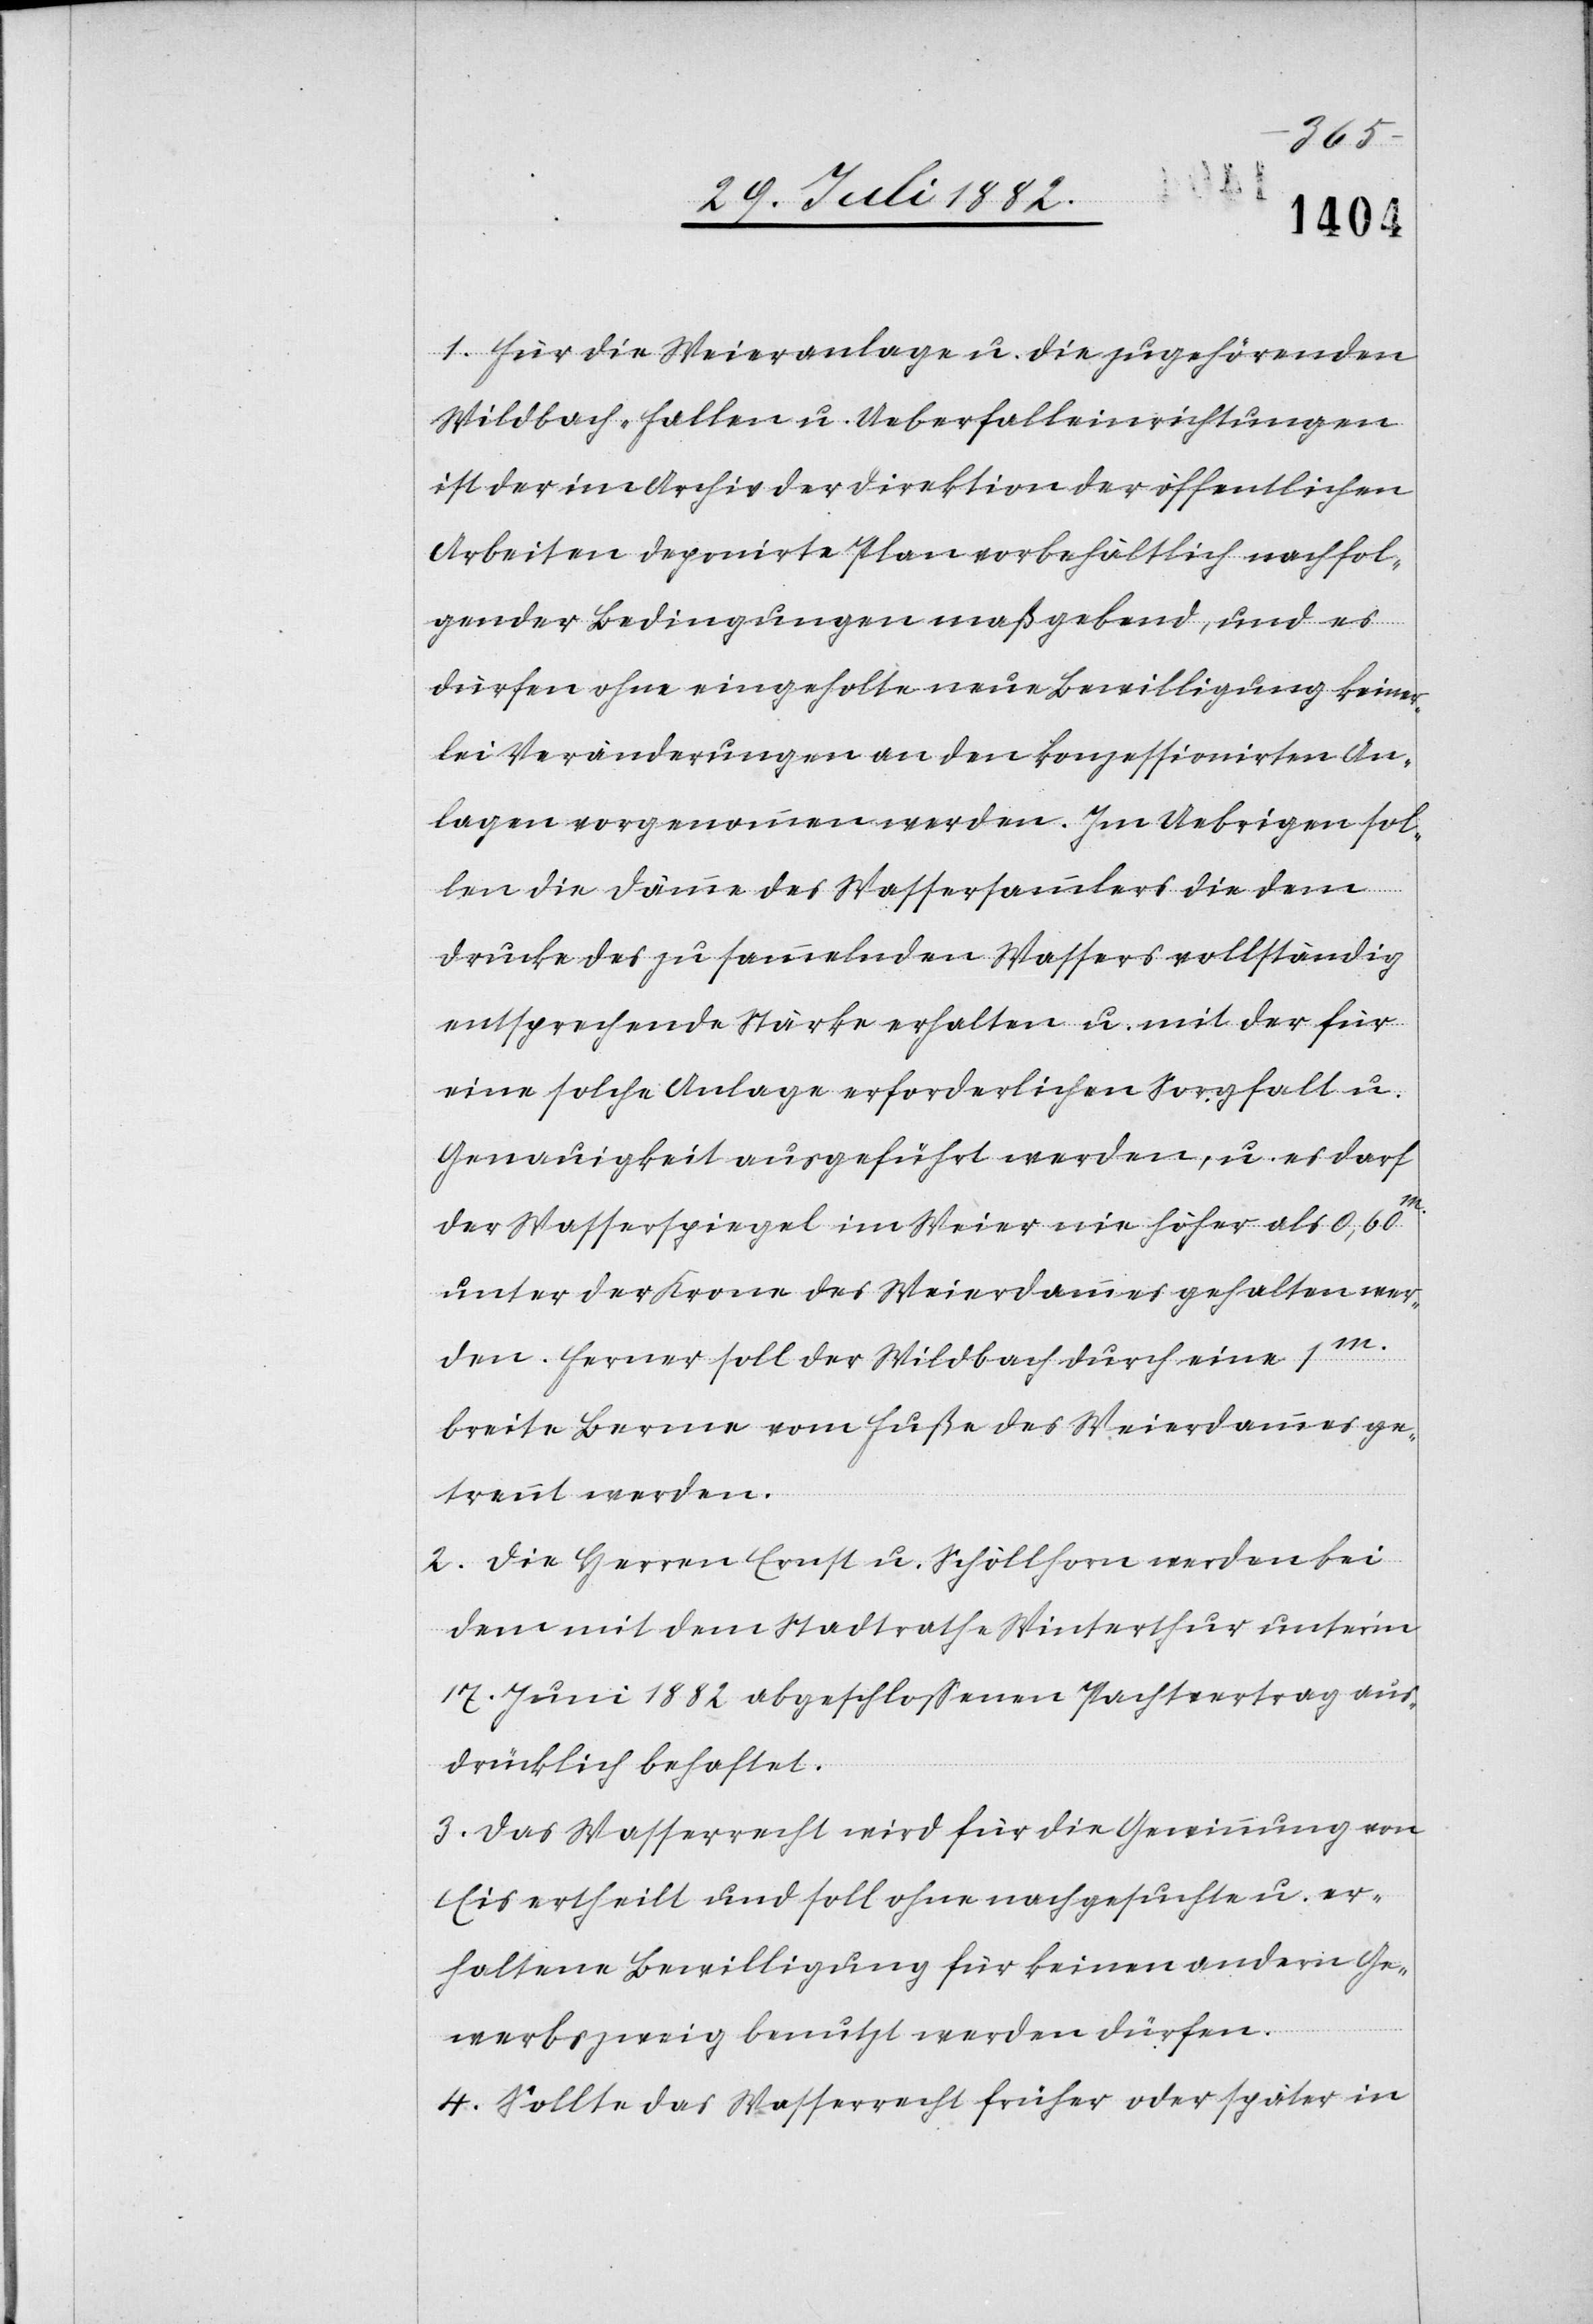
1. Für die Weieranlage u. die zugehörenden
Wildbach-Fallen u. Ueberfalleinrichtungen
ist der im Archiv der Direktion der öffentlichen
Arbeiten deponirte Plan vorbehältlich nachfol¬
gender Bedingungen maßgebend, und es
dürfen ohne eingeholte neue Bewilligung keiner¬
lei Veränderungen an den konzessionirten An¬
lagen vorgenommen werden. Im Uebrigen sol¬
len die Dämme des Wassersammlers die dem
Drucke des zu sammelnden Wassers vollständig
entsprechende Stärke erhalten u. mit der für
eine solche Anlage erforderlichen Sorgfalt u.
Genauigkeit ausgeführt werden, u. es darf
der Wasserspiegel im Weier nie höher als 0,60m
unter der Krone des Weierdammes gehalten wer¬
den. Ferner soll der Wildbach durch eine 1m
breite Berme vom Fuße des Weierdammes ge¬
trennt werden.
2. Die Herren Ernst u. Schöllhorn werden bei
dem mit dem Stadtrathe Winterthur unter’m
17. Juni 1882 abgeschloßenen Pachtvertrag aus¬
drücklich behaftet.
3. Das Wasserrecht wird für die Gewinnung von
Eis ertheilt und soll ohne nachgesuchte u. er¬
haltene Bewilligung für keinen andern Ge¬
werbszweig benutzt werden dürfen.
4. Sollte das Wasserrecht früher oder später in